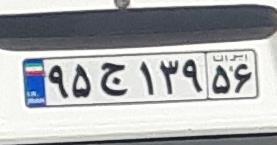
۹۵ج۱۳۹۵۶